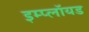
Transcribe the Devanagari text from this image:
इम्प्लॉयड